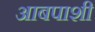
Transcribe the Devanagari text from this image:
आबपाशी